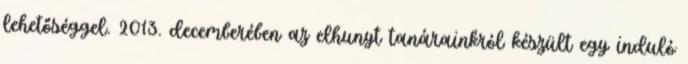
lehetőséggel. 2013. decemberében az elhunyt tanárainkról készült egy induló